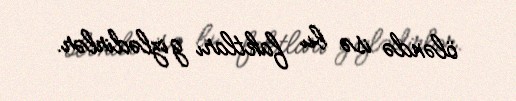
öləndə isə bu faktları gizlədirlər.